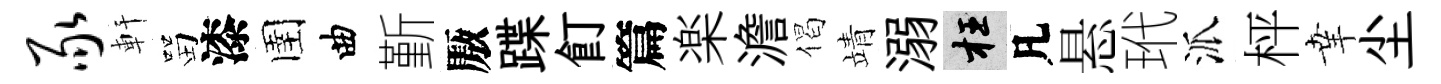
豕軒㽞漆圉曲斳厫蹀飣篇楽澹偈靖溺枉凡悬玳派枰𦍒尘